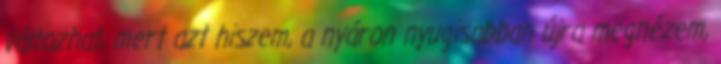
változhat, mert azt hiszem, a nyáron nyugisabban újra megnézem,